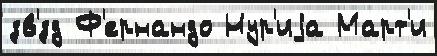
зв'́зд Ф'ернандо Нур'иjа Март'и